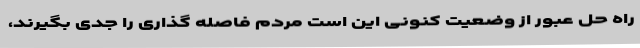
راه حل عبور از وضعیت کنونی این است مردم فاصله گذاری را جدی بگیرند،